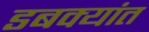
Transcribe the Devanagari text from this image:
डबक्यांत